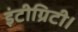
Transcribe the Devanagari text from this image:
इंटीग्रिटी।